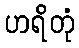
ဟရိတုံ